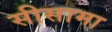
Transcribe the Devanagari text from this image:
सीसामा